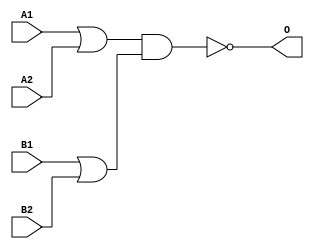
module JG22A(A1, A2, B1, B2, O);
input   A1;
input   A2;
input   B1;
input   B2;
output  O;
or g0(w0, A1, A2);
or g1(w3, B1, B2);
nand g2(O, w0, w3);
endmodule